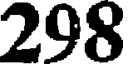
298